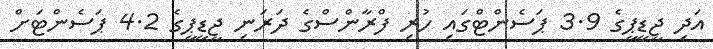
އަދި ޖީޑީޕީގެ 3.9 ޕަސެންޓްގައި ހުރި ފްރާންސްގެ ދަރަނި ޖީޑީޕީގެ 4.2 ޕަސެންޓަށް